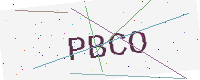
Text: PBCO